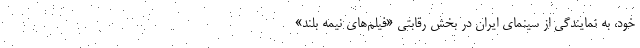
خود، به نمایندگی از سینمای ایران در بخش رقابتی «فیلم‌های نیمه بلند»